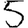
Digit: 5